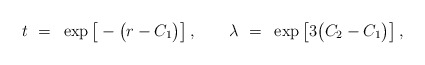
\begin{align*}t ~=~ \exp\big[ -\big(r - C_1\big) \big] \,, \qquad \lambda ~=~ \exp \big[3\big(C_2 -C_1\big)\big] \,,\end{align*}